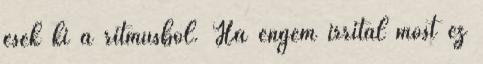
esek ki a ritmusból. Ha engem irritál most ez